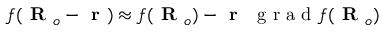
f ( \textbf { R } _ { o } - \textbf { r } ) \approx f ( \textbf { R } _ { o } ) - \textbf { r } \ \textrm { g r a d } f ( \textbf { R } _ { o } )